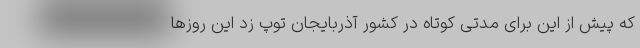
که پیش از این برای مدتی کوتاه در کشور آذربایجان توپ زد این روز‌ها